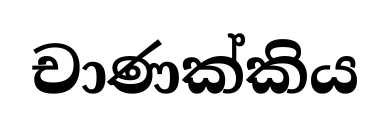
චාණක්කිය